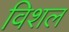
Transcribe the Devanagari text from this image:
विशल